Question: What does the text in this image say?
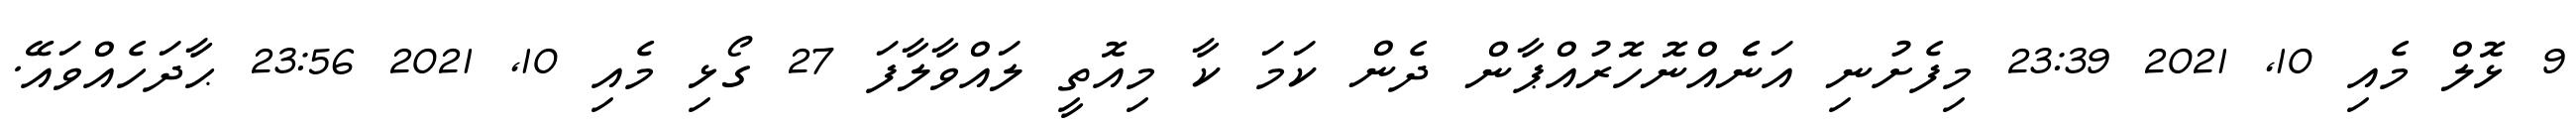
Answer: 9 ޅޮލް މެއި 10, 2021 23:39 މިފެށުނި އަނެެއްނޮހޮރުއްޕާން ދެން ކަމަ ކާ މިއޮތީ ލައްވާލާފަ 27 ގޯޅި މެއި 10, 2021 23:56 ޙާދަހެއްވައޭ.